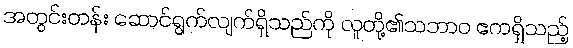
အတွင်းတန်း ဆောင်ရွက်လျက်ရှိသည်ကို လူတို့၏သဘာဝ ဧကရှိသည့်